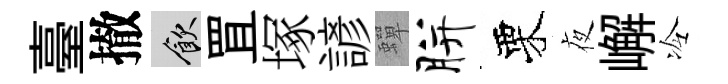
臺撤飲罝塚諺蟬胼栗夜嶰冷